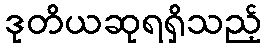
ဒုတိယဆုရရှိသည့်